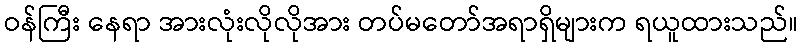
ဝန်ကြီး နေရာ အားလုံးလိုလိုအား တပ်မတော်အရာရှိများက ရယူထားသည်။